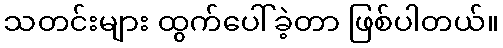
သတင်းများ ထွက်ပေါ်ခဲ့တာ ဖြစ်ပါတယ်။